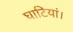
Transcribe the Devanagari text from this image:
घाटियां।